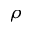
\rho